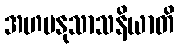
အဟမနုသာသနိယာတိ